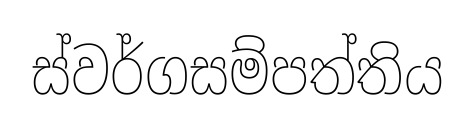
ස්වර්ගසම්පත්තිය